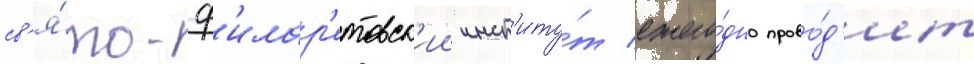
св'я́то-ф'илар'етовск'ии инст'иту́т ежего́дно прово́д'ит